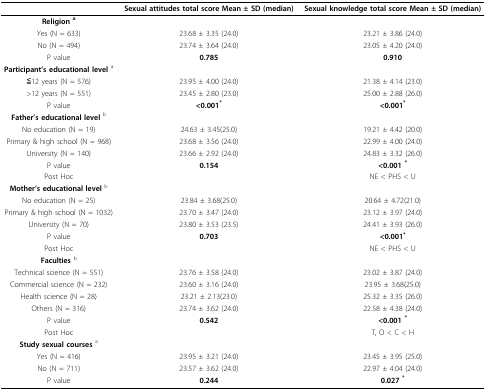
<table><thead><tr><td></td><td><b>Sexual attitudes total score Mean ± SD (median)</b></td><td><b>Sexual knowledge total score Mean ± SD (median)</b></td></tr></thead><tbody><tr><td><b>Religion </b><sup>a</sup></td><td></td><td></td></tr><tr><td>Yes (N = 633)</td><td>23.68 ± 3.35 (24.0)</td><td>23.21 ± 3.86 (24.0)</td></tr><tr><td>No (N = 494)</td><td>23.74 ± 3.64 (24.0)</td><td>23.05 ± 4.20 (24.0)</td></tr><tr><td>P value</td><td><b>0.785</b></td><td><b>0.910</b></td></tr><tr><td><b>Participant&#x27;s educational level </b><sup>a</sup></td><td></td><td></td></tr><tr><td>≦12 years (N = 576)</td><td>23.95 ± 4.00 (24.0)</td><td>21.38 ± 4.14 (23.0)</td></tr><tr><td>&gt;12 years (N = 551)</td><td>23.45 ± 2.80 (23.0)</td><td>25.00 ± 2.88 (26.0)</td></tr><tr><td>P value</td><td><b>&lt;0.001</b><sup><b>*</b></sup></td><td><b>&lt;0.001</b><sup><b>*</b></sup></td></tr><tr><td><b>Father&#x27;s educational level </b><sup>b</sup></td><td></td><td></td></tr><tr><td>No education (N = 19)</td><td>24.63 ± 3.45(25.0)</td><td>19.21 ± 4.42 (20.0)</td></tr><tr><td>Primary &amp; high school (N = 968)</td><td>23.68 ± 3.56 (24.0)</td><td>22.99 ± 4.00 (24.0)</td></tr><tr><td>University (N = 140)</td><td>23.66 ± 2.92 (24.0)</td><td>24.83 ± 3.32 (26.0)</td></tr><tr><td>P value</td><td><b>0.154</b></td><td><b>&lt;0.001 </b><sup><b>*</b></sup></td></tr><tr><td>Post Hoc</td><td></td><td>NE &lt; PHS &lt; U</td></tr><tr><td><b>Mother&#x27;s educational level </b><sup>b</sup></td><td></td><td></td></tr><tr><td>No education (N = 25)</td><td>23.84 ± 3.68(25.0)</td><td>20.64 ± 4.72(21.0)</td></tr><tr><td>Primary &amp; high school (N = 1032)</td><td>23.70 ± 3.47 (24.0)</td><td>23.12 ± 3.97 (24.0)</td></tr><tr><td>University (N = 70)</td><td>23.80 ± 3.53 (23.5)</td><td>24.41 ± 3.93 (26.0)</td></tr><tr><td>P value</td><td><b>0.703</b></td><td><b>&lt;0.001</b><sup><b>*</b></sup></td></tr><tr><td>Post Hoc</td><td></td><td>NE &lt; PHS &lt; U</td></tr><tr><td><b>Faculties </b><sup>b</sup></td><td></td><td></td></tr><tr><td>Technical science (N = 551)</td><td>23.76 ± 3.58 (24.0)</td><td>23.02 ± 3.87 (24.0)</td></tr><tr><td>Commercial science (N = 232)</td><td>23.60 ± 3.16 (24.0)</td><td>23.95 ± 3.68(25.0)</td></tr><tr><td>Health science (N = 28)</td><td>23.21 ± 2.13(23.0)</td><td>25.32 ± 3.35 (26.0)</td></tr><tr><td>Others (N = 316)</td><td>23.74 ± 3.62 (24.0)</td><td>22.58 ± 4.38 (24.0)</td></tr><tr><td>P value</td><td><b>0.542</b></td><td><b>&lt;0.001 </b><sup><b>*</b></sup></td></tr><tr><td>Post Hoc</td><td></td><td>T, O &lt; C &lt; H</td></tr><tr><td><b>Study sexual courses </b><sup>a</sup></td><td></td><td></td></tr><tr><td>Yes (N = 416)</td><td>23.95 ± 3.21 (24.0)</td><td>23.45 ± 3.95 (25.0)</td></tr><tr><td>No (N = 711)</td><td>23.57 ± 3.62 (24.0)</td><td>22.97 ± 4.04 (24.0)</td></tr><tr><td>P value</td><td><b>0.244</b></td><td><b>0.027 </b><sup><b>*</b></sup></td></tr></tbody></table>